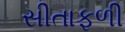
સીતાફળી